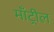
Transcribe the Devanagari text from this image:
माँट्रील